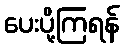
ပေးပို့ကြရန်